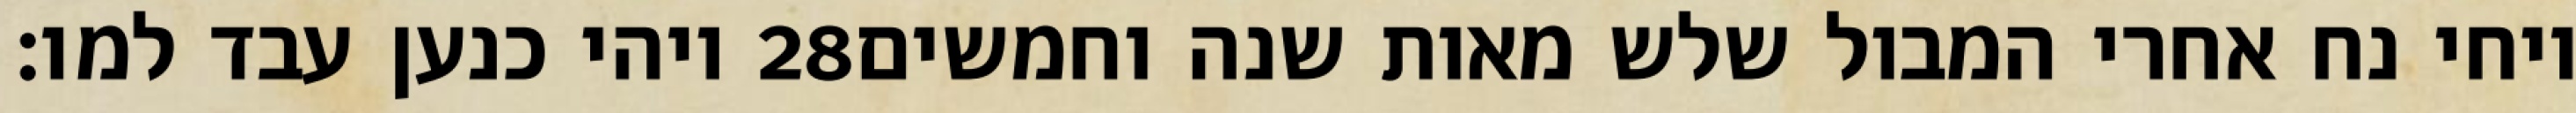
ויהי כנען עבד למו׃ ‎28‏ ויחי נח אחרי המבול שלש מאות שנה וחמשים